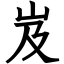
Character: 岌